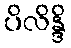
ပိလိန္ဒိ